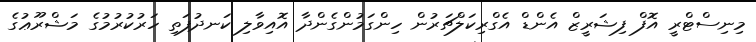
މިނިސްޓްރީ އޮފް ފިޝަރީޒް އެންޑް އެގްރިކަލްޗަރުން ހިންގަމުންގެންދާ އޮއިވާލި ކަނދުފަތި ހަރުކުރުމުގެ މަޝްރޫޢުގެ